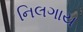
નિલગાય